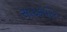
સાદકપોર